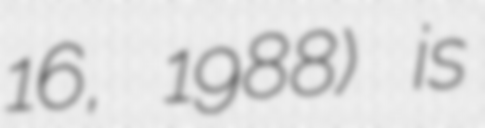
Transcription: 16, 1988) is